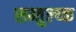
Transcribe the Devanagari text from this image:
सम्तुल्य्क